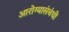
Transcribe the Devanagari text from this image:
आरोग्यासंबंधी